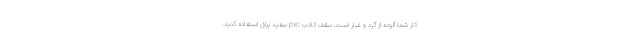
کار شما آلوده از گرد و غبار است، سقف کاذب pvc سفید براق استفاده کنید.